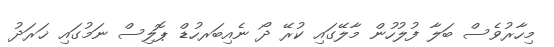
މިހާރުވެސް ބަލާ ފުލުހުން މާލޭގައި ކުރޭ ދޯ ނެއިބަރހުޑް ޕޮލިސް ނަމުގައި ޚަރަދު